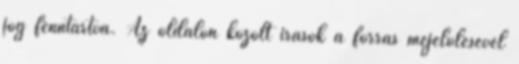
jog fenntartva. Az oldalon közölt írások a forrás mejelölésével